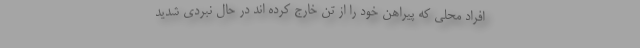
افراد محلی که پیراهن خود را از تن خارج کرده اند در حال نبردی شدید